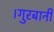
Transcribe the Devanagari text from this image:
।गुरबानी